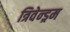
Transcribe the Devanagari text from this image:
त्रिवेन्ड्रम